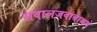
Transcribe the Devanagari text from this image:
सवालजवाबामधे